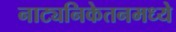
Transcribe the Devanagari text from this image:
नाट्यनिकेतनमध्ये